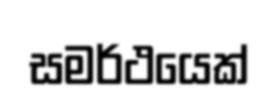
සමර්ථයෙක්